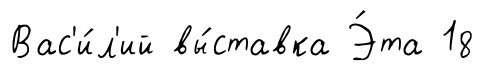
Вас'и́л'ий вы́ставка Э́та 18